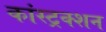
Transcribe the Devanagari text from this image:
कांस्ट्रक्शन